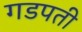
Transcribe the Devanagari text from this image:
गडपती